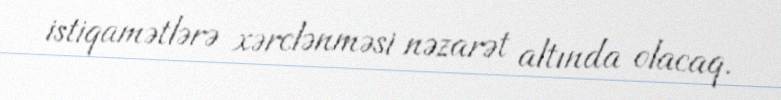
istiqamətlərə xərclənməsi nəzarət altında olacaq.